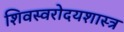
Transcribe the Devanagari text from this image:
शिवस्वरोदयशास्त्र